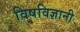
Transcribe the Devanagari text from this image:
विषविज्ञानी